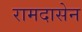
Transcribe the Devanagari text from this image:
रामदासेन